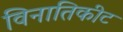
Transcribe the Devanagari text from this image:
विनातिकीट